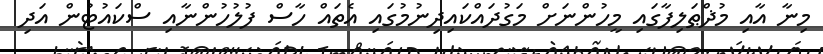
މިނާ އާއި މުޛްޠަލިފާގައި މީހުންނަށް މަގުދައްކައިދިނުމުގައި އެތައް ހާސް ފުލުހުންނާއި ސްކައުޓުން އަދި